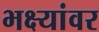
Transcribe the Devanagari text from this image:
भक्ष्यांवर